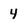
Character: 4